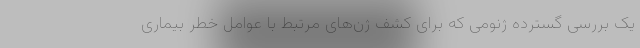
یک بررسی گسترده ژنومی که برای کشف ژن‌های مرتبط با عوامل خطر بیماری